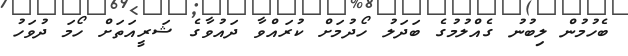
ބެހުމުން ލިބުނު ގެއްލުމުގެ ބަދަލު ހޯދުމަށް ކުރައްވާ ދައުވާގެ ޝަރީއަތަށް ހޯމަ ދުވަހު